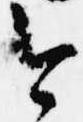
今